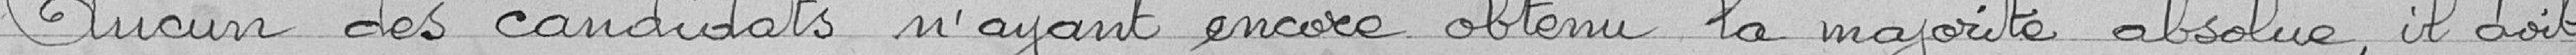
Aucun des candidats n'ayant encore obtenu la majorité absolue, il doit